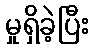
မှုရှိခဲ့ပြီး